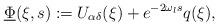
LaTeX: \begin{align*} \underline\Phi(\xi, s):=U_{\alpha\delta}(\xi)+e^{-2\omega_{l} s}q(\xi), \end{align*}